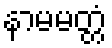
နာမမတ္တံ